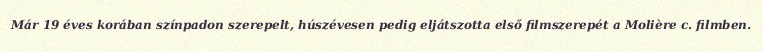
Már 19 éves korában színpadon szerepelt, húszévesen pedig eljátszotta első filmszerepét a Molière c. filmben.